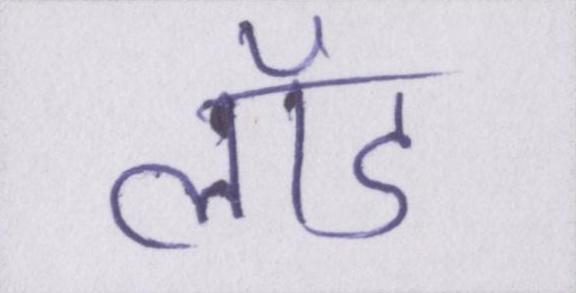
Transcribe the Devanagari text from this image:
लॉड